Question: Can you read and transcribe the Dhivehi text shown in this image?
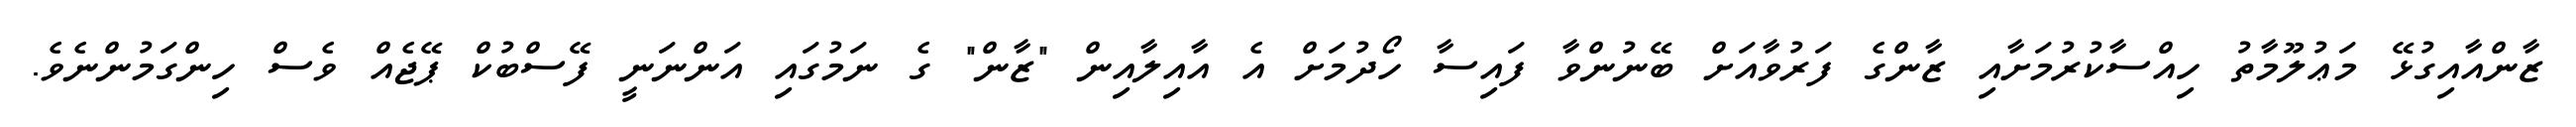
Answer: ޒާންއާއިގުޅޭ މަޢުލޫމާތު ހިއްސާކުރުމަށާއި ޒާންގެ ފަރުވާއަށް ބޭނުންވާ ފައިސާ ހޯދުމަށް އެ އާއިލާއިން "ޒާން" ގެ ނަމުގައި އަންނަނީ ފޭސްބުކް ޕޭޖެއް ވެސް ހިންގަމުންނެވެ.